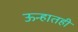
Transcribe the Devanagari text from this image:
ऊन्हातही